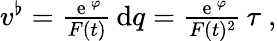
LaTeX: \begin{array}{r}{v^{\flat}=\frac{{\, \mathrm e}\, ^{\varphi}}{F(t)}\, \mathrm{d}q=\frac{{\, \mathrm e}\, ^{\varphi}}{F(t)^{2}}\, \tau\ ,}\end{array}